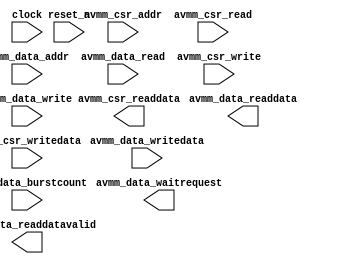
module oc_flash (
	clock,
	reset_n,
	avmm_data_addr,
	avmm_data_read,
	avmm_data_writedata,
	avmm_data_write,
	avmm_data_readdata,
	avmm_data_waitrequest,
	avmm_data_readdatavalid,
	avmm_data_burstcount,
	avmm_csr_addr,
	avmm_csr_read,
	avmm_csr_writedata,
	avmm_csr_write,
	avmm_csr_readdata);	

	input		clock;
	input		reset_n;
	input	[15:0]	avmm_data_addr;
	input		avmm_data_read;
	input	[31:0]	avmm_data_writedata;
	input		avmm_data_write;
	output	[31:0]	avmm_data_readdata;
	output		avmm_data_waitrequest;
	output		avmm_data_readdatavalid;
	input	[1:0]	avmm_data_burstcount;
	input		avmm_csr_addr;
	input		avmm_csr_read;
	input	[31:0]	avmm_csr_writedata;
	input		avmm_csr_write;
	output	[31:0]	avmm_csr_readdata;
endmodule